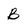
Character: B